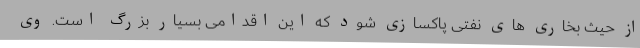
از حیث بخاری های نفتی پاکسازی شود که این اقدامی بسیار بزرگ است. وی